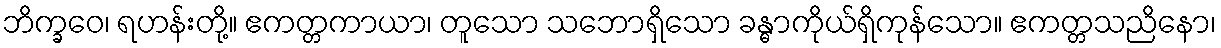
ဘိက္ခဝေ၊ ရဟန်းတို့။ ဧကတ္တကာယာ၊ တူသော သဘောရှိသော ခန္ဓာကိုယ်ရှိကုန်သော။ ဧကတ္တသညိနော၊